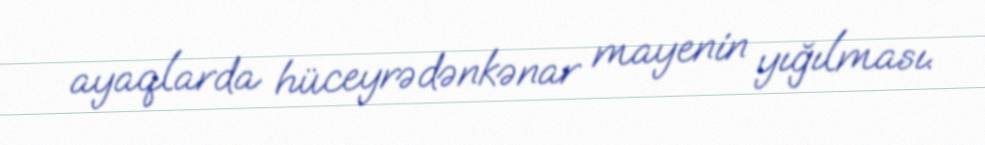
ayaqlarda hüceyrədənkənar mayenin yığılması.